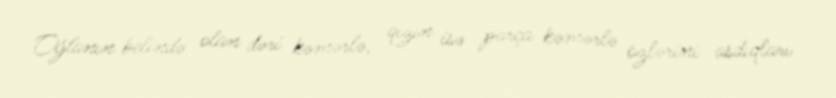
Oğlanın belində olan dəri kəmərlə, qızın isə parça kəmərlə özlərini asdıqları